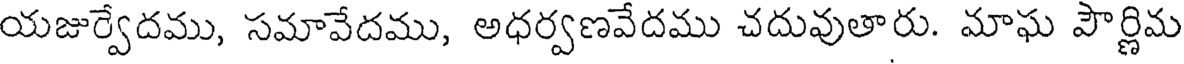
యజుర్వేదము, సమావేదము, అధర్వణవేదము చదువుతారు. మాఘ పౌర్ణిమ